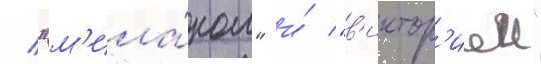
/ "м'ила́ном" и́ "в'иктор'иеи"